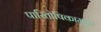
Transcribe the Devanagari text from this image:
पारितोषिकामुळे